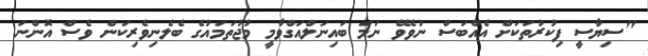
"ސިޔާސީ ފިކުރުތަކަށް އެއްބަސް ނުވެވޭ ނަމަ ބައިނަލްއަގްވާމީ މުޖުތަމައުގެ ބެލެނިވެރިކަން ވެސް އޮންނަ